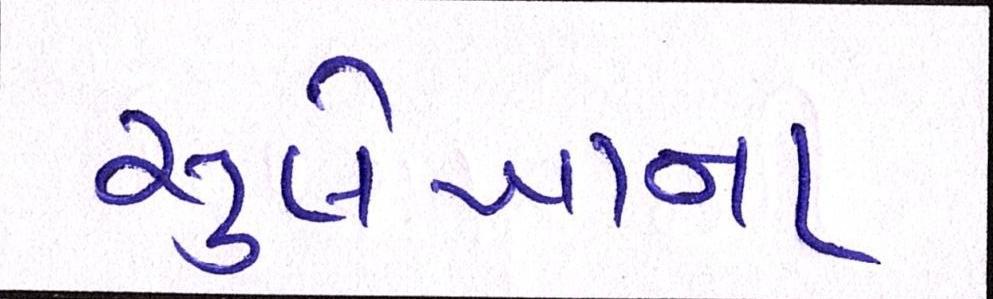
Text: સુલેખાના